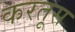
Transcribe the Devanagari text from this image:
करतूस